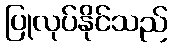
ပြုလုပ်နိုင်သည်